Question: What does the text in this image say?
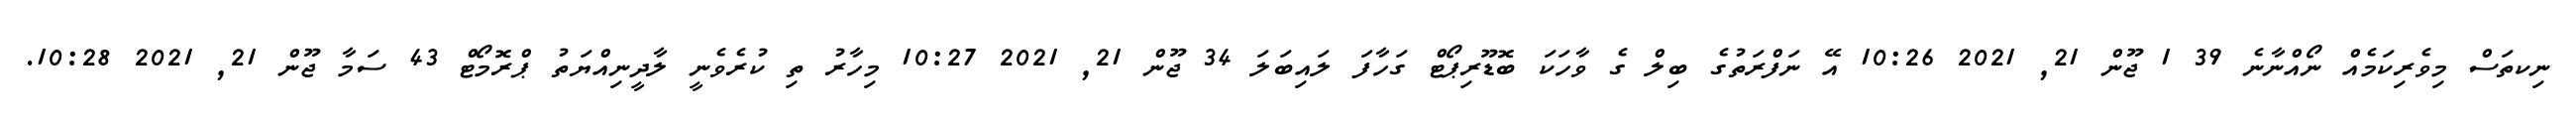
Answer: ނިކތަސް މިވެރިކަމެއް ނޯއްނާނެ 39 1 ޖޫން 21, 2021 10:26 އޭ ނަފްރަތުގެ ބިލް ގެ ވާހަކަ ބޮޑޫރިޕޯޓް ގަހާފަ ލައިބަލަ 34 ޖޫން 21, 2021 10:27 މިހާރު ތި ކުރެވެނީ ލާދީނިއްޔަތު ޕްރޮމޯޓް 43 ސަމާ ޖޫން 21, 2021 10:28.